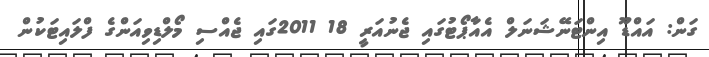
ގަން: އައްޑޫ އިންޓަނޭޝަނަލް އެއާޕޯޓުގައި ޖެނުއަރީ 18 2011ގައި ޖެއްސި މޯލްޑިވިއަންގެ ފްލައިޓަކުން